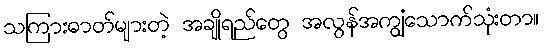
သကြားဓာတ်များတဲ့ အချိုရည်တွေ အလွန်အကျွံသောက်သုံးတာ။